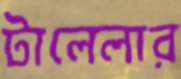
টালেলার